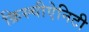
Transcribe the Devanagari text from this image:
क्रिस्चीऐनिटी